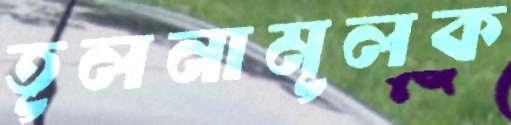
তূলনামূলক